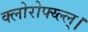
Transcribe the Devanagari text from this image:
क्लोरोफ्य्ल्ल्।